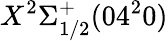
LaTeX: X^{2}\Sigma_{1/2}^{+}(04^{2}0)